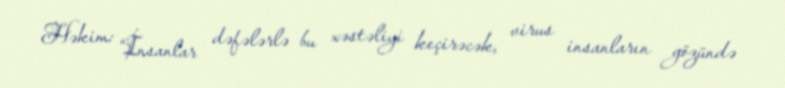
Həkim: “İnsanlar dəfələrlə bu xəstəliyi keçirəcək, virus insanların gözündə